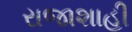
રાજાશાહી